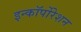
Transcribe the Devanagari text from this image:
इन्कॉर्पोरेशन